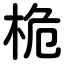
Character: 桅